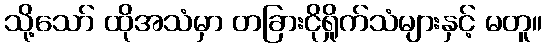
သို့သော် ထိုအသံမှာ တခြားငိုရှိုက်သံများနှင့် မတူ။